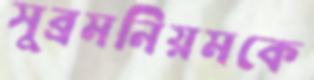
সুব্রমনিয়মকে